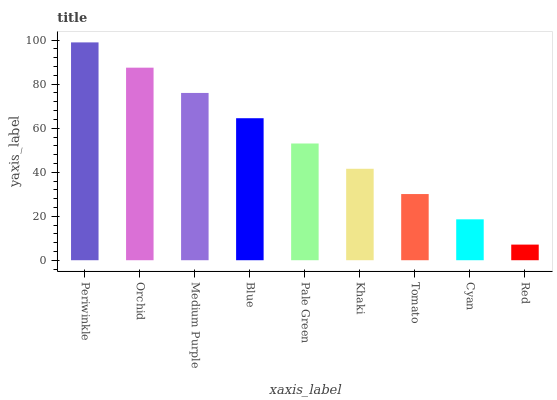
| xaxis_label | bars |
 | --- | --- |
 | Periwinkle | 99 |
 | Orchid | 87.5 |
 | Medium Purple | 76 |
 | Blue | 64.5 |
 | Pale Green | 53.1 |
 | Khaki | 41.6 |
 | Tomato | 30.1 |
 | Cyan | 18.6 |
 | Red | 7.1 |